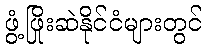
ဖွံ့ဖြိုးဆဲနိုင်ငံများတွင်